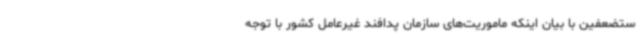
ستضعفین با بیان اینکه ماموریت‌های سازمان پدافند غیرعامل کشور با توجه